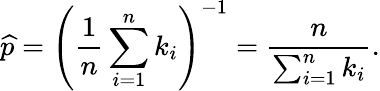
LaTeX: {\widehat{p}}=\left({\frac{1}{n}}\sum_{i=1}^{n}k_{i}\right)^{-1}={\frac{n}{\sum_{i=1}^{n}k_{i}}}.